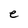
Character: e